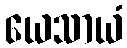
ယေသာယံ